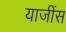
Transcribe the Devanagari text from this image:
याजींस